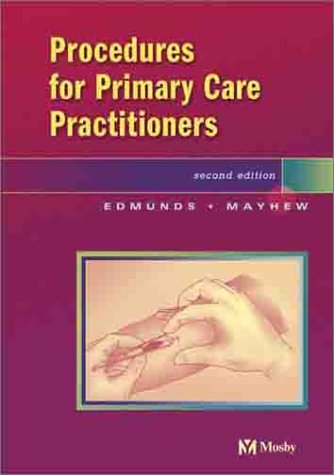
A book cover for Procedures for the Primary Care Practitioner; Marilyn Winterton Edmunds PhD  ANP/GNP; Medical Books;